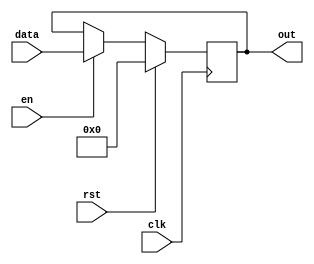
module registerCols_6 (
    input clk,
    input en,
    input rst,
    input [223:0] data,
    output reg [223:0] out
  );
  
  
  
  reg [223:0] M_regs_d, M_regs_q = 1'h0;
  
  always @* begin
    M_regs_d = M_regs_q;
    
    if (en == 1'h1) begin
      M_regs_d = data;
    end else begin
      M_regs_d = M_regs_q;
    end
    out = M_regs_q;
  end
  
  always @(posedge clk) begin
    if (rst == 1'b1) begin
      M_regs_q <= 1'h0;
    end else begin
      M_regs_q <= M_regs_d;
    end
  end
  
endmodule